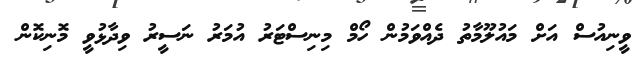
ވީނިއުސް އަށް މައުލޫމާތު ދެއްވަމުން ހޯމް މިނިސްޓަރު އުމަރު ނަސީރު ވިދާޅުވީ މޮނިކޮން